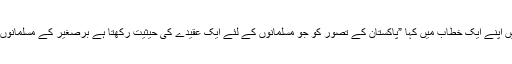
قائداعظمؒ نے مارچ 1944ءمیں اپنے ایک خطاب میں کہا ”پاکستان کے تصور کو جو مسلمانوں کے لئے ایک عقیدے کی حیثیت رکھتا ہے برصغیر کے مسلمانوں نے اچھی طرح سمجھ لیا ہے۔